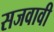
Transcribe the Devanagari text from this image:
सजवावी